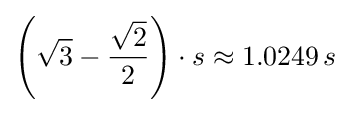
\left({\sqrt {3}}-{\frac {\sqrt {2}}{2}}\right)\cdot s\approx 1.0249\,s